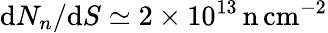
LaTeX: \textup dN_{n}/\textup dS\simeq 2\times 10^{13}\, \mathrm{n\, cm^{-2}}